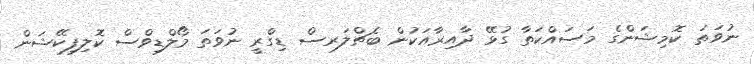
ނުވަތަ ކޮމިޝަންގެ މަސައްކަތާ ގުޅޭ ދާއިރާއަކުން ބެޗްލަރސް ޑިގްރީ ނުވަތަ މޯލްޑިވްސް ކޮލިފިކޭޝަން